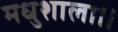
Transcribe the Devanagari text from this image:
मधुशाला।।